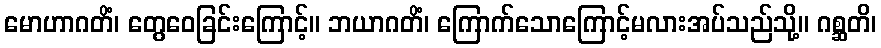
မောဟာဂတိံ၊ တွေဝေခြင်းကြောင့်။ ဘယာဂတိံ၊ ကြောက်သောကြောင့်မလားအပ်သည်သို့။ ဂစ္ဆတိ၊